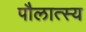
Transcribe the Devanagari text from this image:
पौलात्स्य